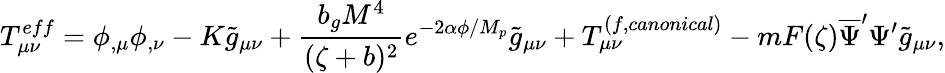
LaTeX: T_{\mu\nu}^{eff}=\phi_{,\mu}\phi_{,\nu}-K\tilde{g}_{\mu\nu}+\frac{b_{g}M^{4}}{(\zeta+b)^{2}}e^{-2\alpha\phi/M_{p}}\tilde{g}_{\mu\nu}+T_{\mu\nu}^{(f,canonical)}-mF(\zeta)\overline{{{\Psi}}}^{\prime}\Psi^{\prime}\tilde{g}_{\mu\nu},